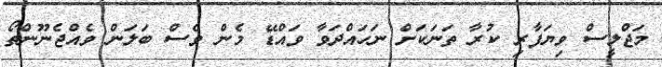
މަޖްލީސް ވިޔަފާރި ކުރާ ތަނަކަށް ނަަހައްދަވާ ވައްޑޭ މެން ވެސް ބަލަން ވެއްޖެނޫންތޯ